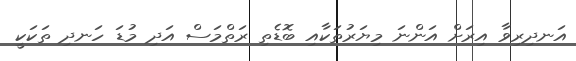
އަނދިރިވާ އިރަށް އަންނަ މިޔަރުތަކާއި ބޮޑެތި ރަތްމަސް އަދި މުޑަ ހަނދި ތަކަކީ